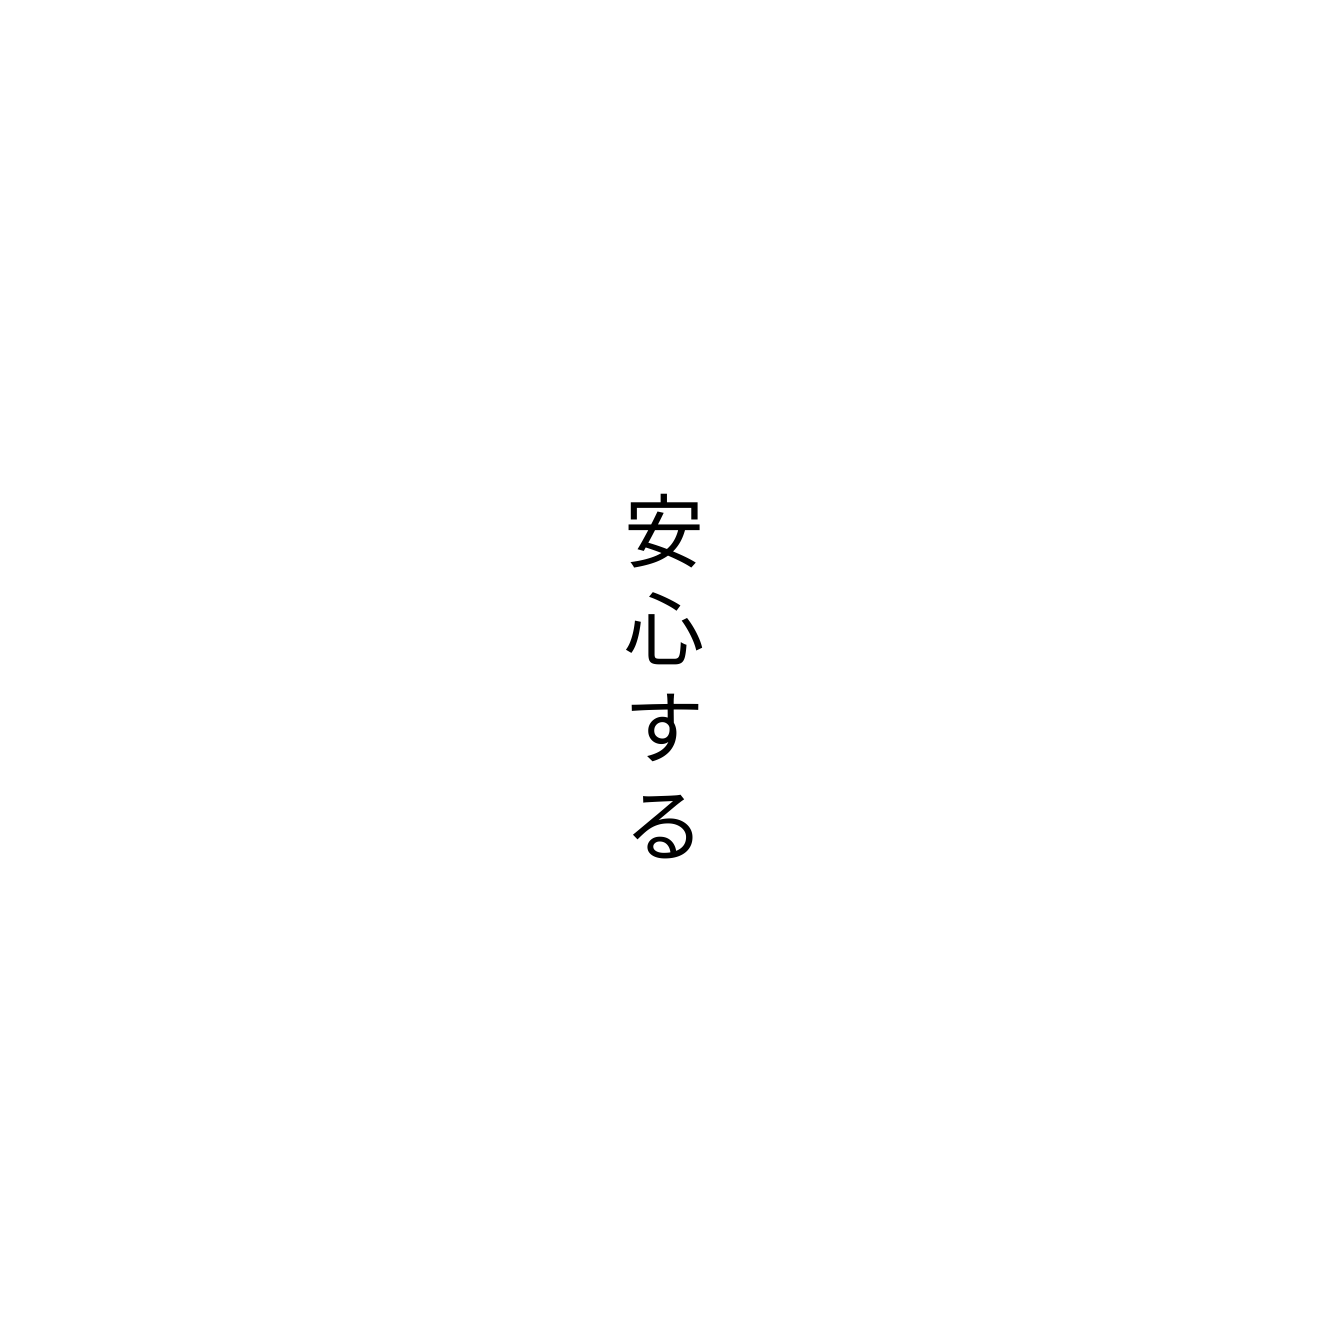
安心する